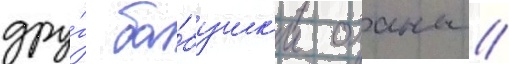
дру́г ба́бушк'и оханы //